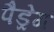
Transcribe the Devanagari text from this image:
पैड्रेग